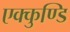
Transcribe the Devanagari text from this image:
एक्कुण्डि